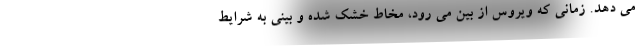
می دهد. زمانی که ویروس از بین می رود، مخاط خشک شده و بینی به شرایط